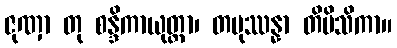
ဇုဏှာ တု စန္ဒိကာယုတ္တာ၊ တမုဿန္နာ တိမိသိကာ။